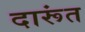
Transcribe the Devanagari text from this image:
दारूंत